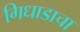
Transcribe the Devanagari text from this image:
गिधाडाचा